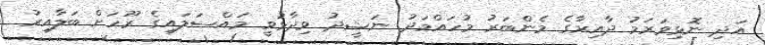
އަދި ނޮޅިވަރަމު ދާއިރާގެ މެންބަރު މުހައްމަދު ނަޝީދު ވިދާޅުވީ މައްސަލައިގެ ރޫހަށް ބަލާއިރު